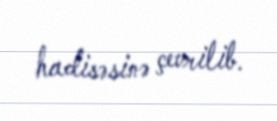
hadisəsinə çevrilib.